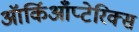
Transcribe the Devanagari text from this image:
ऑर्किआँप्टेरिक्स